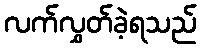
လက်လွှတ်ခဲ့ရသည်